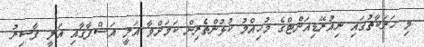
މި ހަރަކާތުގައި ނިއުރޭޑިއަންޓްގެ މުހިއްމު ކުޅުންތެރިން ކަމަށްވާ އަލީ އަޝްފާގާއި އަލީ ފާސިރު